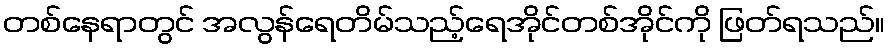
တစ်နေရာတွင် အလွန်ရေတိမ်သည့်ရေအိုင်တစ်အိုင်ကို ဖြတ်ရသည်။